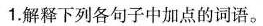
1.解释下列各句子中加点的词语。